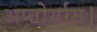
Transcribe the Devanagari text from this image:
अप्तोर्याम।